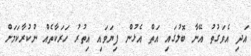
އަދި އެވަގުތު އޭނާ ބޮލުގައި އަތް އެޅުން ފިޔަވައި އިތުރު ހަރަކާތެއް ނުކުރާކަމަށް